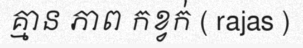
គ្មាន ភាព កខ្វក់ ( rajas )